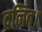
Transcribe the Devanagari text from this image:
दलित।